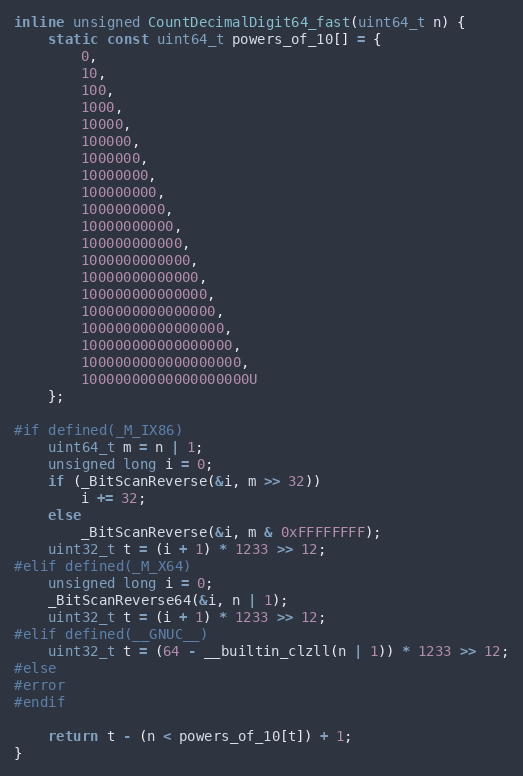
Language: C++
inline unsigned CountDecimalDigit64_fast(uint64_t n) {
    static const uint64_t powers_of_10[] = {
        0,
        10,
        100,
        1000,
        10000,
        100000,
        1000000,
        10000000,
        100000000,
        1000000000,
        10000000000,
        100000000000,
        1000000000000,
        10000000000000,
        100000000000000,
        1000000000000000,
        10000000000000000,
        100000000000000000,
        1000000000000000000,
        10000000000000000000U
    };

#if defined(_M_IX86)
    uint64_t m = n | 1;
    unsigned long i = 0;
    if (_BitScanReverse(&i, m >> 32))
        i += 32;
    else
        _BitScanReverse(&i, m & 0xFFFFFFFF);
    uint32_t t = (i + 1) * 1233 >> 12;
#elif defined(_M_X64)
    unsigned long i = 0;
    _BitScanReverse64(&i, n | 1);
    uint32_t t = (i + 1) * 1233 >> 12;
#elif defined(__GNUC__)
    uint32_t t = (64 - __builtin_clzll(n | 1)) * 1233 >> 12;
#else
#error
#endif

    return t - (n < powers_of_10[t]) + 1;
}